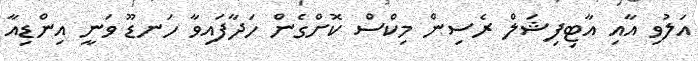
އަލުވި އާއި އާޓިފިޝަލް ރެސިން މިކްސް ކޮށްގެން ހަދާފައިވާ ހަނޑޫ ވަނީ އިންޑިއާ